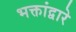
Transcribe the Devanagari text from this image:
भक्तांद्वारे